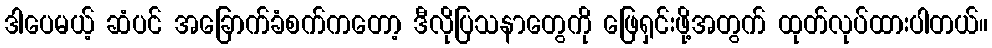
ဒါပေမယ့် ဆံပင် အခြောက်ခံစက်ကတော့ ဒီလိုပြသနာတွေကို ဖြေရှင်းဖို့အတွက် ထုတ်လုပ်ထားပါတယ်။